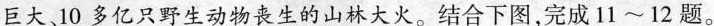
巨大、10多亿只野生动物丧生的山林大火。结合下图，完成11~12题。